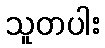
သူတပါး